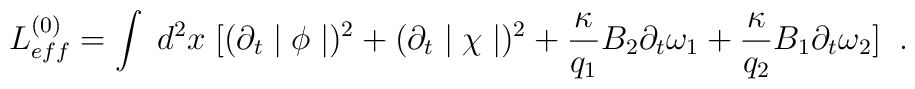
L^{(0)}_{eff}=\int\;d^{2}x\;        [(\partial_{t}\mid\phi\mid)^{2}+(\partial_{t}\mid\chi\mid)^{2}+        \frac{\kappa}{q_{1}}B_{2}\partial_{t}\omega_{1}+        \frac{\kappa}{q_{2}}B_{1}\partial_{t}\omega_{2}]\;\;.